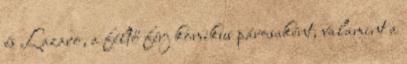
és Lazaro, a féltő férj komikus párosaként, valamint a